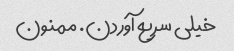
خیلی سریع آوردن. ممنون